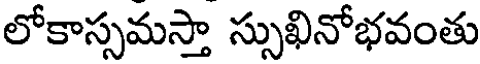
లోకాస్సమస్తా స్సుఖినోభవంతు